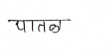
मजकूर: पातळ